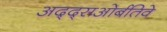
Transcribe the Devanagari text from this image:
अद्द्सओर्बतिवे